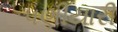
પણીયારી